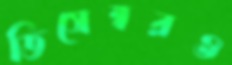
ডিসেম্বরও